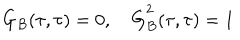
LaTeX: \dot { G } _ { B } ( \tau , \tau ) = 0 , \quad \dot { G } _ { B } ^ { 2 } ( \tau , \tau ) = 1